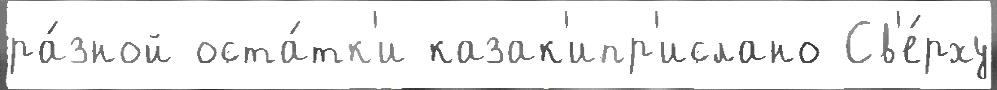
ра́зной оста́тк'и казак'ипр'ислано Св'е́рху